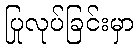
ပြုလုပ်ခြင်းမှာ